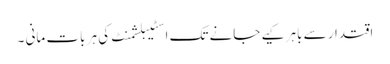
اقتدار سے باہر کیے جانے تک اسٹیبلشمنٹ کی ہر بات مانی ۔